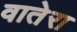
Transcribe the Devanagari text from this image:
वातेरा